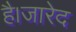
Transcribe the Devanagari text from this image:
है।जारेद